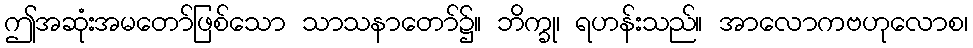
ဤအဆုံးအမတော်ဖြစ်သော သာသနာတော်၌။ ဘိက္ခု၊ ရဟန်းသည်။ အာလောကဗဟုလောစ၊